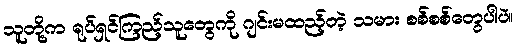
သူတို့က ရုပ်ရှင်ကြည့်သူတွေကို ဂျင်းမထည့်တဲ့ သမား စစ်စစ်တွေပါပဲ။